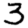
Digit: 3